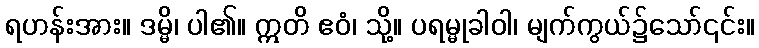
ရဟန်းအား။ ဒမ္မိ၊ ပါ၏။ ဣတိ ဧဝံ၊ သို့။ ပရမ္မုခါဝါ၊ မျက်ကွယ်၌သော်၎င်း။